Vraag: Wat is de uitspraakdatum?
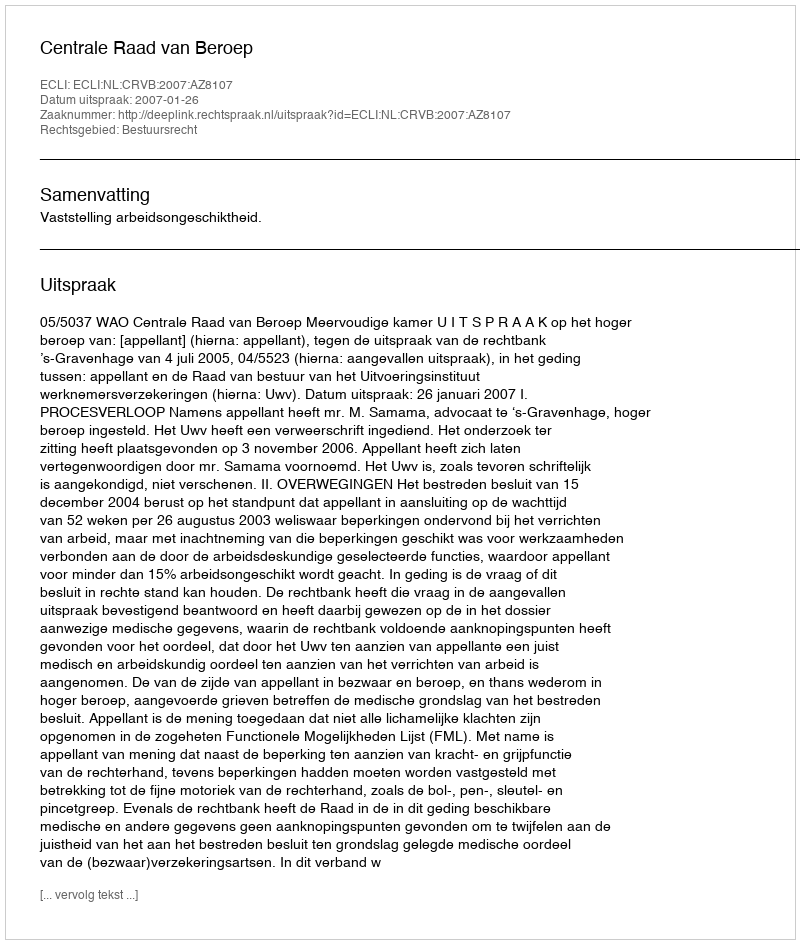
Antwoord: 2007-01-26